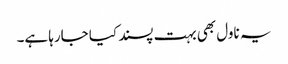
یہ ناول بھی بہت پسند کیا جارہا ہے۔